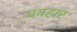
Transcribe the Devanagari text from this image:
ववहार